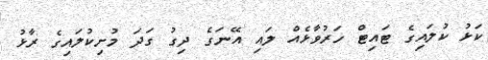
ކަޅު ކުލައިގެ ޓައިޓް ހަރުވާޅެއް ލައި އޭނަގެ ދިގު ގަދަ މުށިިކުލައިގެ ރާޅު